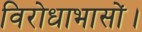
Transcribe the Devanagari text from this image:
विरोधाभासों।